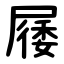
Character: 㞜